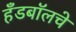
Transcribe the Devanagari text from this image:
हँडबॉलचे